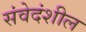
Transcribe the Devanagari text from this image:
संवेदंशील